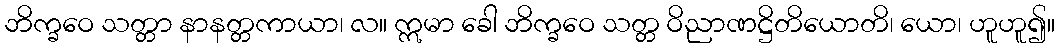
ဘိက္ခဝေ သတ္တာ နာနတ္တကာယာ၊ လ။ ဣမာ ခေါ ဘိက္ခဝေ သတ္တ ဝိညာဏဋ္ဌိတိယောတိ၊ ယော၊ ဟူဟူ၍။